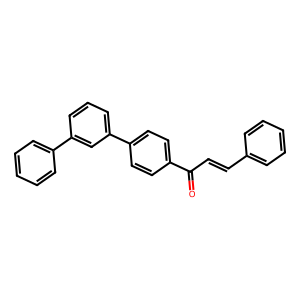
SMILES: O=C(C=Cc1ccccc1)c1ccc(-c2cccc(-c3ccccc3)c2)cc1
Inhibits HIV replication: No